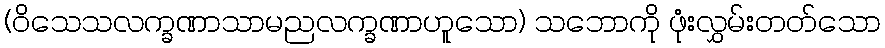
(ဝိသေသလက္ခဏာသာမညလက္ခဏာဟူသော) သဘောကို ဖုံးလွှမ်းတတ်သော